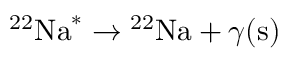
^ { 2 2 } \mathrm { N a } ^ { * } \to { ^ { 2 2 } \mathrm { N a } } + \gamma ( \mathrm { s ) }